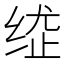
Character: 𦈍